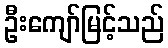
ဦးကျော်မြင့်သည်